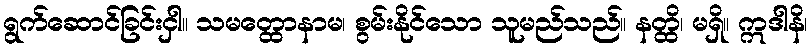
ရွက်ဆောင်ခြင်းငှါ။ သမတ္ထောနာမ၊ စွမ်းနိုင်သော သူမည်သည်။ နတ္ထိ၊ မရှိ။ ဣဒါနိ၊